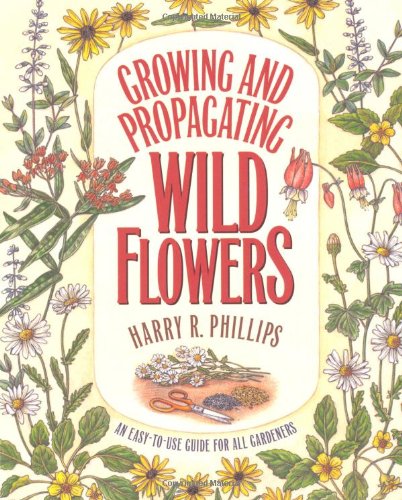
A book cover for Growing and Propagating Wild Flowers; Harry R. Phillips; Crafts, Hobbies & Home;